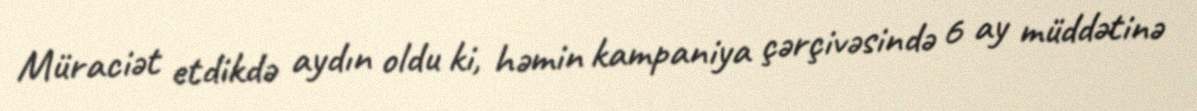
Müraciət etdikdə aydın oldu ki, həmin kampaniya çərçivəsində 6 ay müddətinə